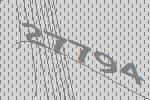
27794